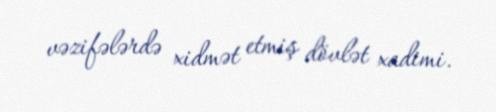
vəzifələrdə xidmət etmiş dövlət xadimi.